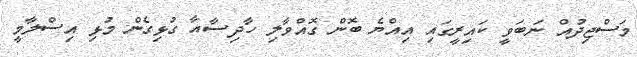
މަސްޖިދުއް ނަބަވީ ކައިރީގައި އިއްޔެ ބޮން ގޮއްވާލި ހާދިސާއާ ގުޅިގެން މުޅި އިސްލާމީ